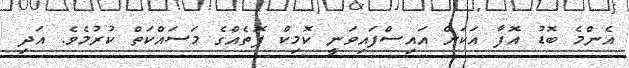
އެންމެ ބޮޑު އޮފާ އަކަށް އައިސްފައިވަނީ ކޮމިކް ފޮތެއްގެ މަސައްކަތް ކުރުމެވެ. އަދި